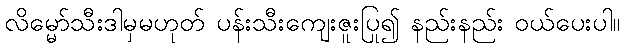
လိမ္မော်သီးဒါမှမဟုတ် ပန်းသီးကျေးဇူးပြု၍ နည်းနည်း ဝယ်ပေးပါ။